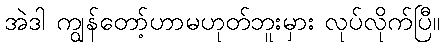
အဲဒါ ကျွန်တော့်ဟာမဟုတ်ဘူးမှား လုပ်လိုက်ပြီ။